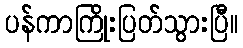
ပန်ကာကြိုးပြတ်သွားပြီ။